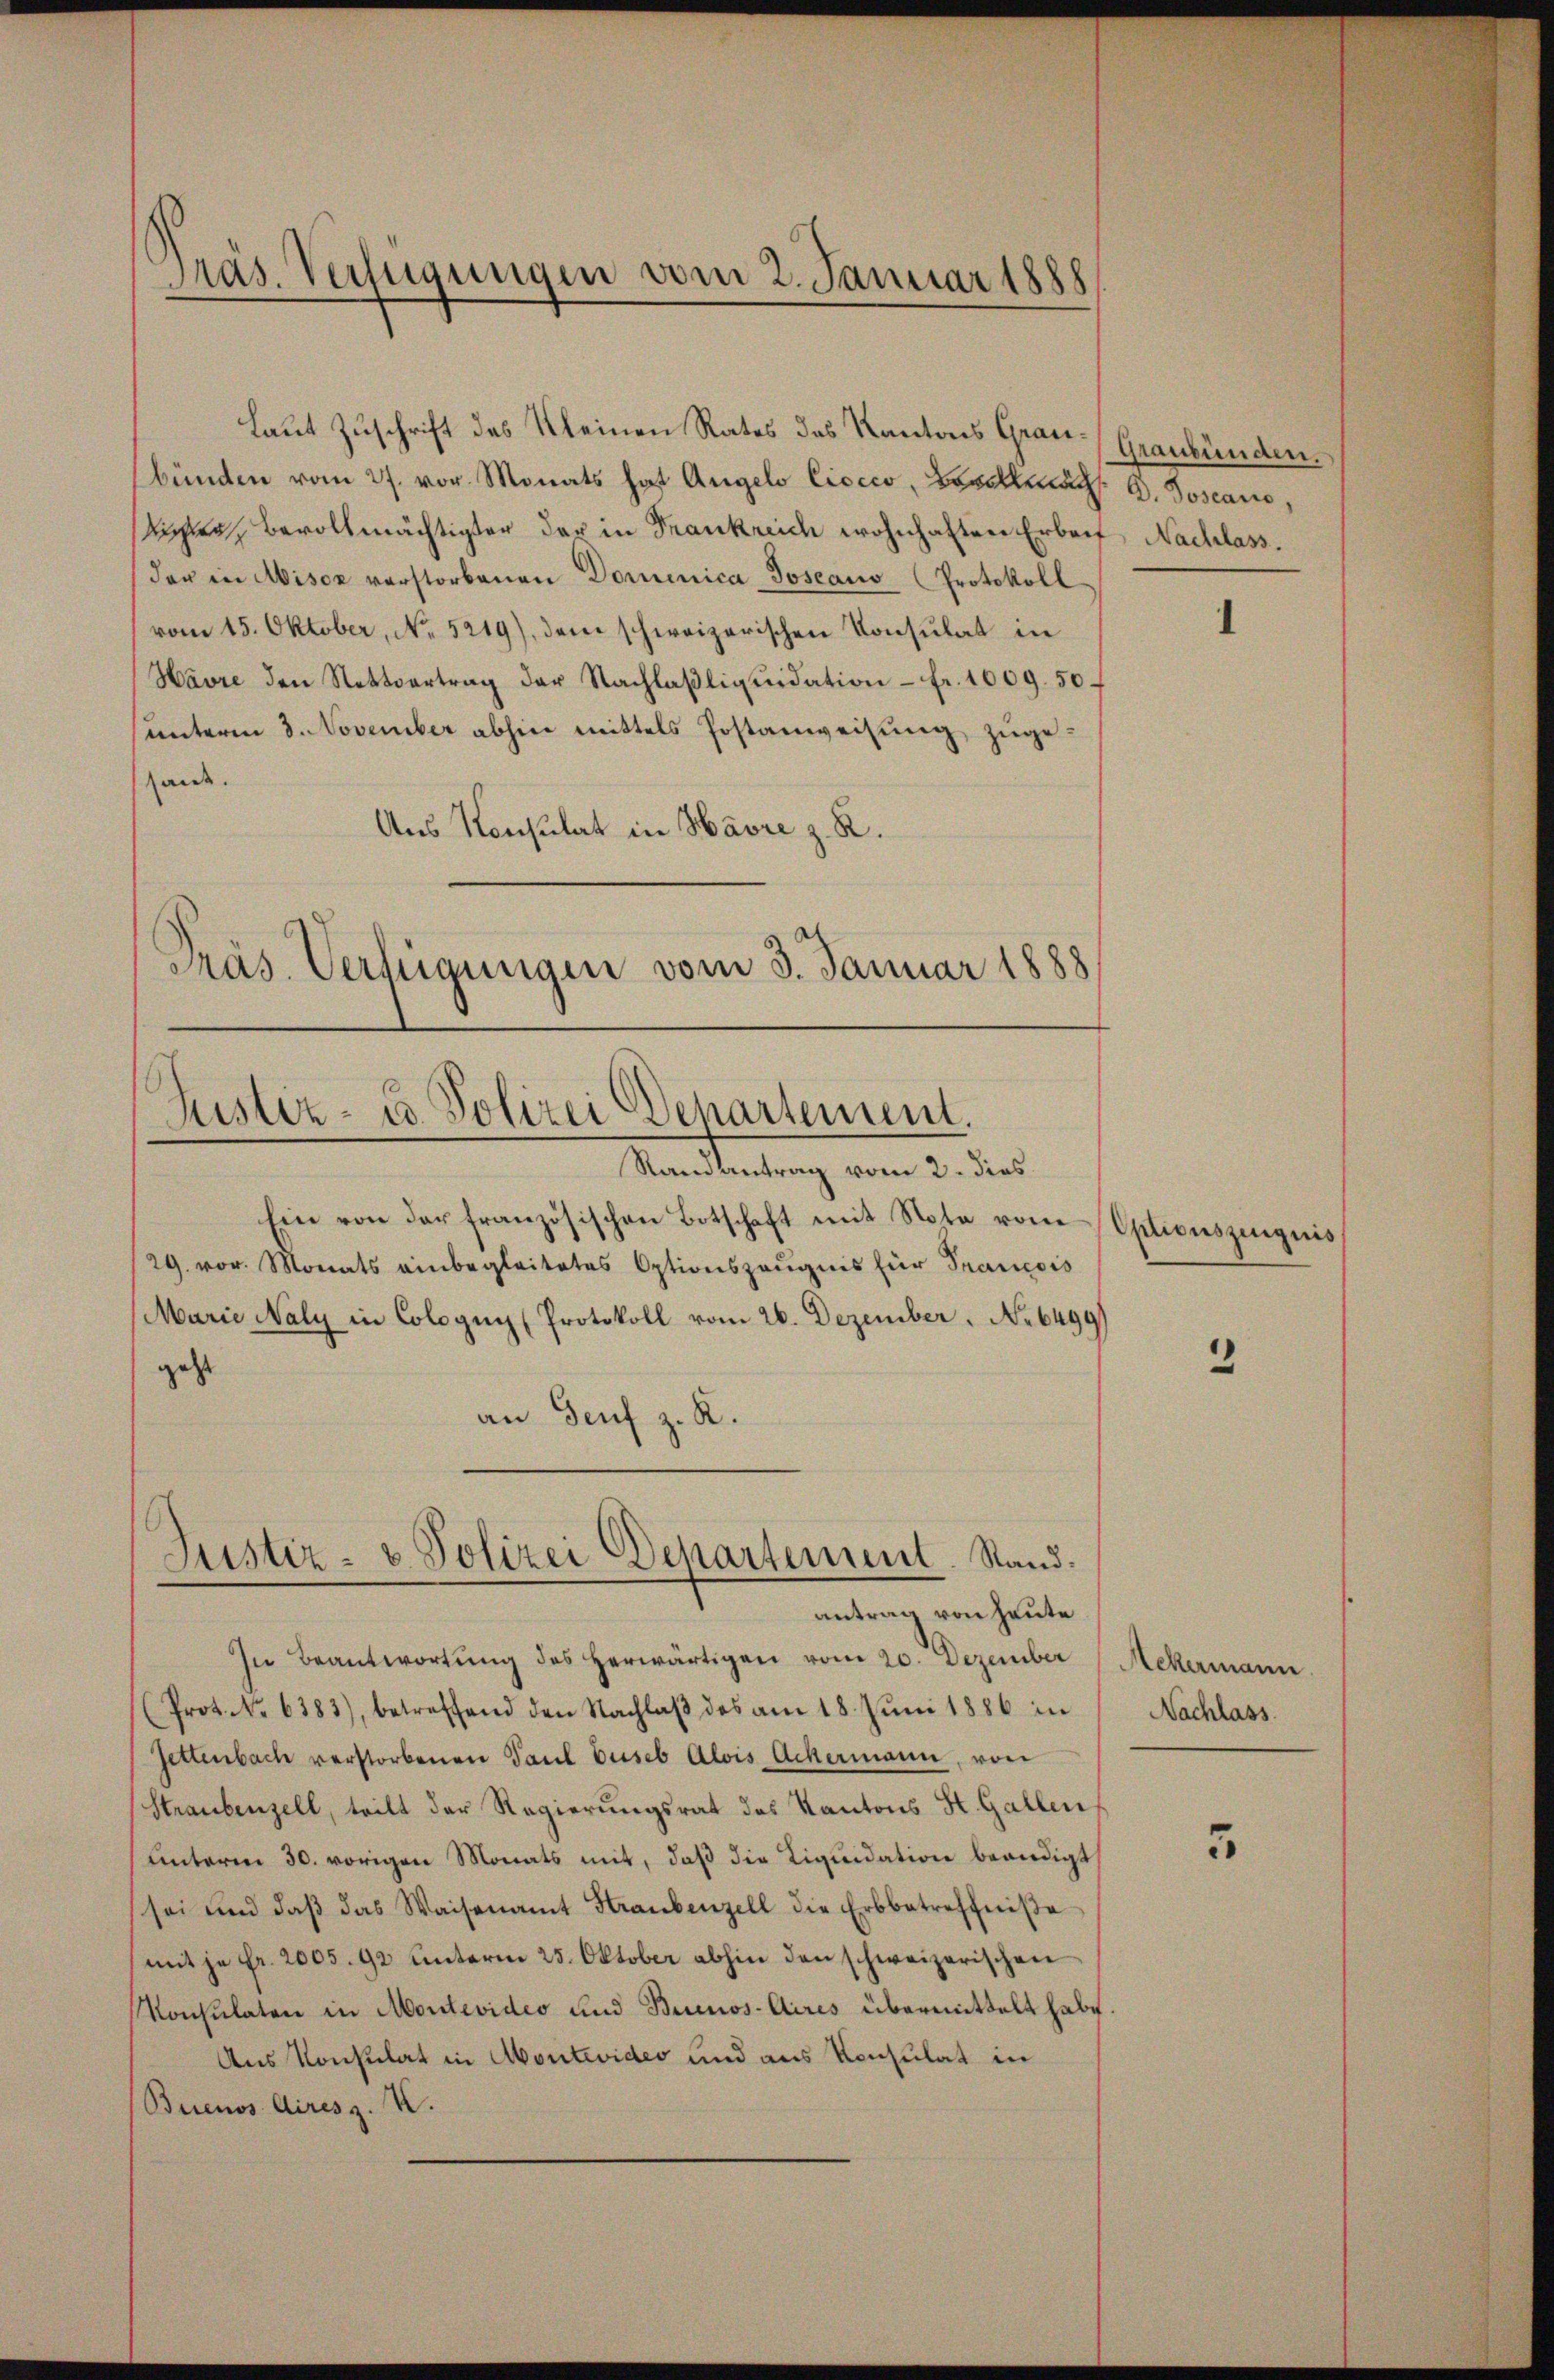
Präs. Verfügungen vom 2. Januar 1888

bünden vom 27. vor. Monats hat Angelo Ciocco, Bevollmach. D. Joscano,
Kichen Bevollmächtigter der in Frankreich wohnhaften Erbeit Nachlass.
der in Miser verstorbenen Dominica Joseaus (Protokoll
vom 15. Oktober, No. 5219), dem schweizerischen Konsulat in
Havre den Nettvertrag der Nachlaβliquidation - fr. 1009. 50
sunterm 3. November abhin mittels Postanweisung zugehande.
Aus Konsulat in Havre z. R.
Präs. Verfügungen vom 3. Januar 1888

Laut Zuschrift des Kleinen Rates des Kantons Grau-Graubünden.

Justiz- u. Polizei Departement.
Randantrag vom 2. dies

Ein von der französischen Botschaft mit Note vom Optionszinquis
29. vor. Monats einbegleitetes Optionszeŭgnis für Francois
Marie Naly in Cologus (Protokoll vom 26. Dezember No 64991
geht
an Genf z. R.
In Beantwortung des herwärtigen vom 20. Dezember
Prot. No 6383), betreffend den Nachlaβ des am 18. Juni 1886 in
Zettenbach verstorbenen Paul buseb Alois Ackermann, von
Straubenzell, teilt der Regierungsrat des Kantons St. Gallen
unterm 30. vorigen Monats mit, daß die Liquidation beendigt
sei und daβ das Waisenamt Straubenzell die Erbbetreffniβe
mit je Fr. 2005. 92 unterm 25. Oktober abhin den schweizerischen
Konsulaten in Montevideo und Buenos-Aires übermittelt habe
Aus Konsulat in Montevideo und aus Konsulat in
Buenos Airesz. X.

Justiz- & Polizei Departement. Sandantrag von heute

“

5

Ackermann.
Nachlass